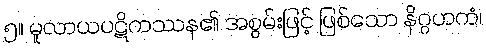
၅။ မူလာယပဋိကဿန၏ အစွမ်းဖြင့် ဖြစ်သော နိဂ္ဂဟကံ၊